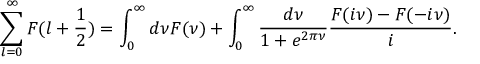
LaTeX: \sum _ { l = 0 } ^ { \infty } F ( l + \frac 1 2 ) = \int _ { 0 } ^ { \infty } d \nu F ( \nu ) + \int _ { 0 } ^ { \infty } \frac { d \nu } { 1 + e ^ { 2 \pi \nu } } \frac { F ( i \nu ) - F ( - i \nu ) } { i } .